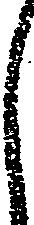
し